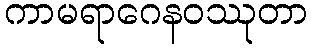
ကာမရာဂေနဝဿုတာ